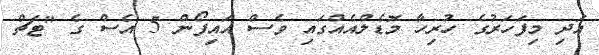
އަދި މިފަހަރުގެ ހުރިހާ މޮޑެލްއެއްގައި ވެސް އައިފޯން 5 އެސް ގެ "ޓަޗް